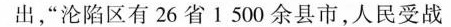
出，“沦陷区有26省1500余县市，人民受战